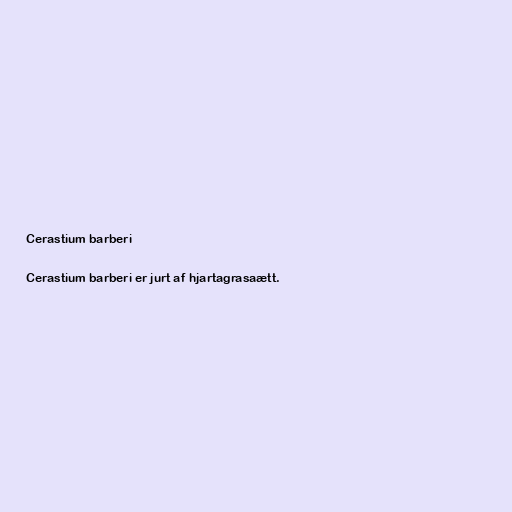
Cerastium barberi

Cerastium barberi er jurt af hjartagrasaætt.